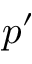
p ^ { \prime }